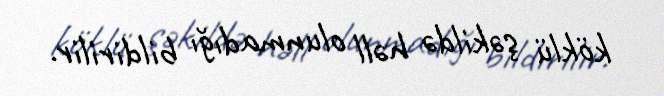
köklü şəkildə həll olunmadığı bildirilir.